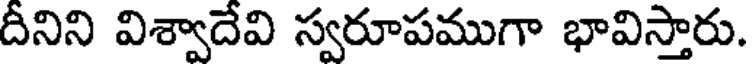
దీనిని విశ్వాదేవి స్వరూపముగా భావిస్తారు.